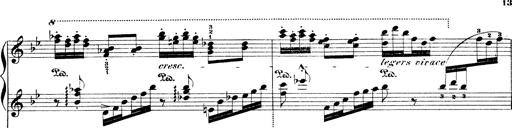
Title: Illustrations de l'opÃ©ra L'Africaine
Composer: Franz Liszt